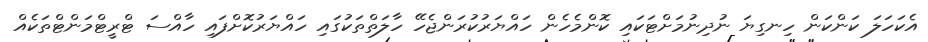
އެކަހަލަ ކަންކަން ހިނގިޔަ ނުދިނުމަށްޓަކައި ކޮންމެހެން ހައްޔަރުކުރަންޖެހޭ ހާލަތްތަކުގައި ހައްޔަރުކޮށްފައި ހާއްސަ ޓްރީޓްމަންޓްތަކެއް